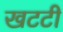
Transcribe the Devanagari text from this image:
खटटी